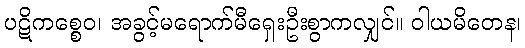
ပဋိကစ္စေဝ၊ အခွင့်မရောက်မီရှေးဦးစွာကလျှင်။ ဝါယမိတေန၊